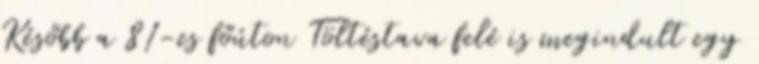
Később a 81-es főúton Töltéstava felé is megindult egy